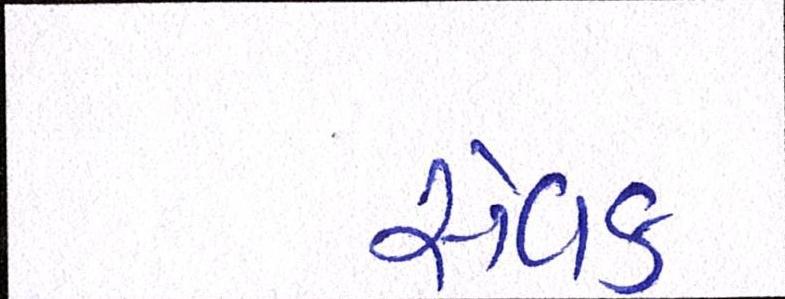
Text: સેવક